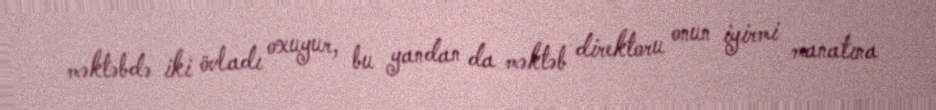
məktəbdə iki övladı oxuyur, bu yandan da məktəb direktoru onun iyirmi manatına